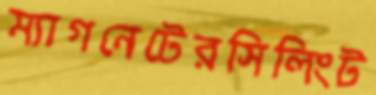
ম্যাগনেটেরসিলিংট